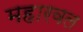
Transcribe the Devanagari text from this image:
महारवल